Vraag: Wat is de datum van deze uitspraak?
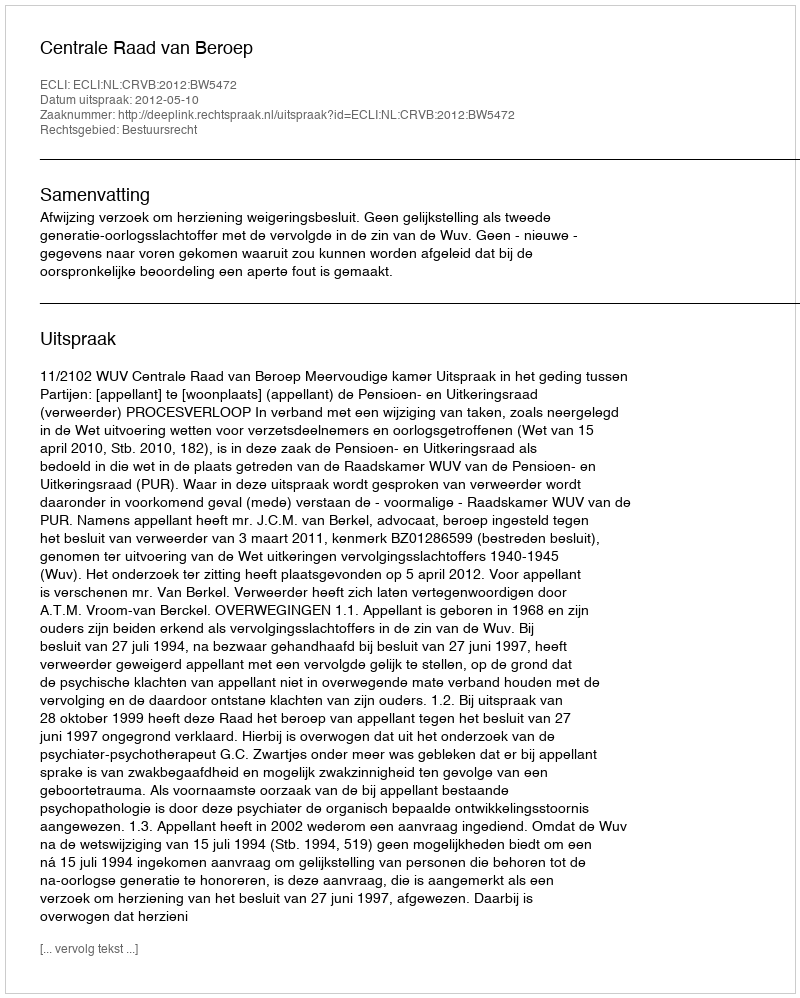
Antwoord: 2012-05-10